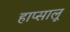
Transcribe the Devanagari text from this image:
हाप्सालू